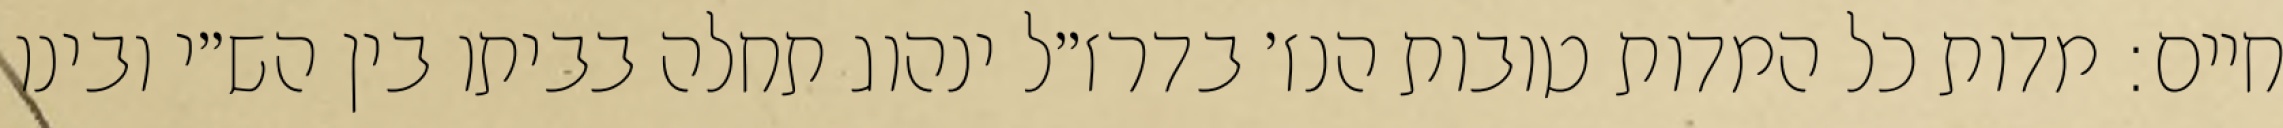
חיים: מדות כל המדות טובות הנז׳ בדרז״ל ינהוג תחלה בביתו בין הש״י ובינו